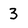
Character: 3